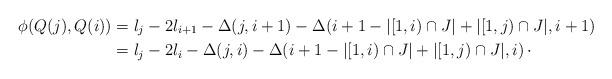
LaTeX: \begin{align*} \phi(Q(j),Q(i)) &= l_j-2l_{i+1}-\Delta(j,i+1) -\Delta(i+1-|[1,i)\cap J|+|[1,j)\cap J|,i+1)\\ &= l_j-2l_i-\Delta(j,i) -\Delta(i+1-|[1,i)\cap J|+|[1,j)\cap J|,i)\,\cdot\end{align*}